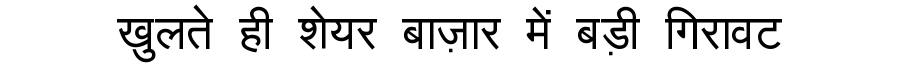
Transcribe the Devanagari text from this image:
खुलते ही शेयर बाज़ार में बड़ी गिरावट